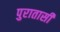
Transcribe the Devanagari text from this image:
पुरातासी